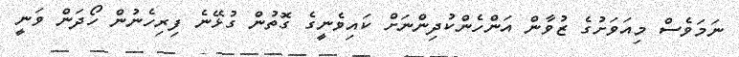
ނަމަވެސް މިއަވަށުގެ ޒުވާން އަންހެންކުދިންނަށް ކައިވެނީގެ ގޮތުން ގުޅޭނެ ފިރިހެނުން ހޯދަން ވަނީ